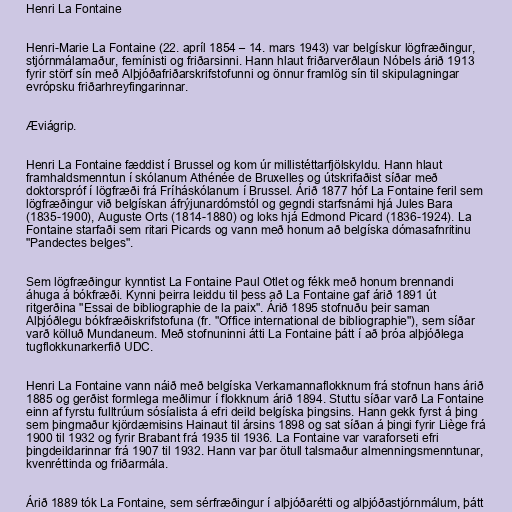
Henri La Fontaine

Henri-Marie La Fontaine (22. apríl 1854 – 14. mars 1943) var belgískur lögfræðingur,
stjórnmálamaður, femínisti og friðarsinni. Hann hlaut friðarverðlaun Nóbels árið 1913
fyrir störf sín með Alþjóðafriðarskrifstofunni og önnur framlög sín til skipulagningar
evrópsku friðarhreyfingarinnar.

Æviágrip.

Henri La Fontaine fæddist í Brussel og kom úr millistéttarfjölskyldu. Hann hlaut
framhaldsmenntun í skólanum Athénée de Bruxelles og útskrifaðist síðar með
doktorspróf í lögfræði frá Fríháskólanum í Brussel. Árið 1877 hóf La Fontaine feril sem
lögfræðingur við belgískan áfrýjunardómstól og gegndi starfsnámi hjá Jules Bara
(1835-1900), Auguste Orts (1814-1880) og loks hjá Edmond Picard (1836-1924). La
Fontaine starfaði sem ritari Picards og vann með honum að belgíska dómasafnritinu
"Pandectes belges".

Sem lögfræðingur kynntist La Fontaine Paul Otlet og fékk með honum brennandi
áhuga á bókfræði. Kynni þeirra leiddu til þess að La Fontaine gaf árið 1891 út
ritgerðina "Essai de bibliographie de la paix". Árið 1895 stofnuðu þeir saman
Alþjóðlegu bókfræðiskrifstofuna (fr. "Office international de bibliographie"), sem síðar
varð kölluð Mundaneum. Með stofnuninni átti La Fontaine þátt í að þróa alþjóðlega
tugflokkunarkerfið UDC.

Henri La Fontaine vann náið með belgíska Verkamannaflokknum frá stofnun hans árið
1885 og gerðist formlega meðlimur í flokknum árið 1894. Stuttu síðar varð La Fontaine
einn af fyrstu fulltrúum sósíalista á efri deild belgíska þingsins. Hann gekk fyrst á þing
sem þingmaður kjördæmisins Hainaut til ársins 1898 og sat síðan á þingi fyrir Liège frá
1900 til 1932 og fyrir Brabant frá 1935 til 1936. La Fontaine var varaforseti efri
þingdeildarinnar frá 1907 til 1932. Hann var þar ötull talsmaður almenningsmenntunar,
kvenréttinda og friðarmála.

Árið 1889 tók La Fontaine, sem sérfræðingur í alþjóðarétti og alþjóðastjórnmálum, þátt